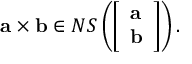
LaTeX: \mathbf { a } \times \mathbf { b } \in N S \left( { \left[ \begin{array} { l } { \mathbf { a } } \\ { \mathbf { b } } \end{array} \right] } \right) .